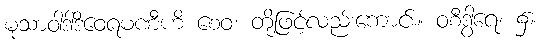
မုသာဝါဒါဒိဝေရမဏီဟိ စေဝ၊ တို့ဖြင့်လည်းကောင်း။ ဝစီဒွါရေ၊ ၌။